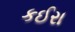
કઈરા